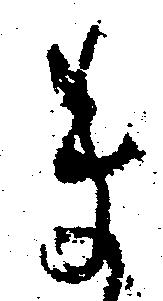
ま